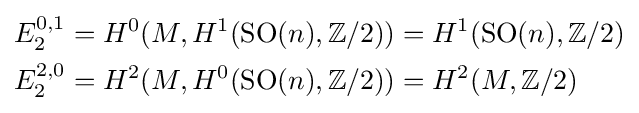
{\begin{aligned}E_{2}^{0,1}&=H^{0}(M,H^{1}(\operatorname {SO} (n),\mathbb {Z} /2))=H^{1}(\operatorname {SO} (n),\mathbb {Z} /2)\\E_{2}^{2,0}&=H^{2}(M,H^{0}(\operatorname {SO} (n),\mathbb {Z} /2))=H^{2}(M,\mathbb {Z} /2)\end{aligned}}